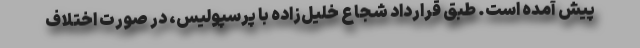
پیش آمده است. طبق قرارداد شجاع خلیل‌زاده با پرسپولیس، در صورت اختلاف